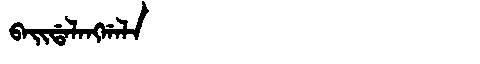
Manchu: ᠪᠠᡳᡩᠠᠯᠠᠩᡤᠠᠯᠠ
Romanization: BAIDALANGGALA